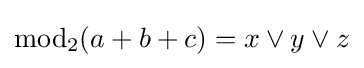
\mathrm {mod} _{2}(a+b+c)=x\lor y\lor z